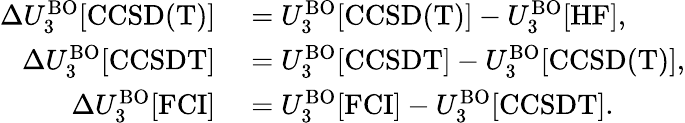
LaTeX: \begin{array}{rl}{\Delta U_{3}^{\mathrm{BO}}[\mathrm{CCSD(T)}]}&{{}=U_{3}^{\mathrm{BO}}[\mathrm{CCSD(T)}]-U_{3}^{\mathrm{BO}}[\mathrm{HF}],}\\ {\Delta U_{3}^{\mathrm{BO}}[\mathrm{CCSDT}]}&{{}=U_{3}^{\mathrm{BO}}[\mathrm{CCSDT}]-U_{3}^{\mathrm{BO}}[\mathrm{CCSD(T)}],}\\ {\Delta U_{3}^{\mathrm{BO}}[\mathrm{FCI}]}&{{}=U_{3}^{\mathrm{BO}}[\mathrm{FCI}]-U_{3}^{\mathrm{BO}}[\mathrm{CCSDT}].}\end{array}